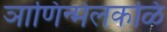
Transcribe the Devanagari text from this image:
ञाणिन्मेलकळि